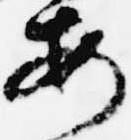
安